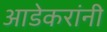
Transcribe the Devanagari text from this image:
आडेकरांनी